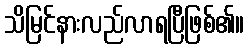
သိမြင်နားလည်လာရပြီဖြစ်၏။